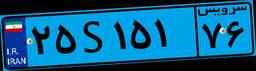
۲۵S۱۵۱۷۶